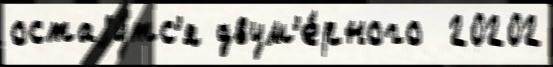
остаjу́тс'я двум'е́рного  20202